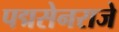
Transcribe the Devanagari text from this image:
पद्मसेनराजे